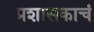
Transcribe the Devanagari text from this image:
प्रशासकाचं